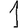
Digit: 1